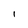
Character: 1